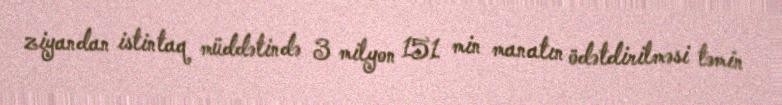
ziyandan istintaq müddətində 3 milyon 151 min manatın ödətdirilməsi təmin